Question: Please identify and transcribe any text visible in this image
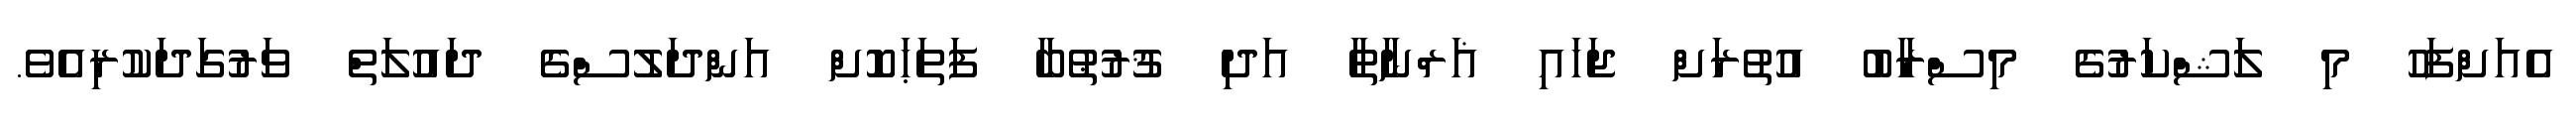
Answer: އެއަށްފަހު މި ލަޝްކަރުގެ މިސްރާބު އުތުރަށް ޖަހައި ޣަރްނާޠާ އަދި ޤުރުޠުބާ ފަތަޙަކޮށް އަންދަލުސްގެ ދައުލަތް ވަރުގަދަކުރިއެވެ.